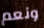
ونعم